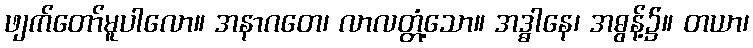
ဖျက်တော်မူပါလော။ အနာဂတေ၊ လာလတ္တံ့သော။ အဒ္ဓါနေ၊ အဓွန့်၌။ တယာ၊